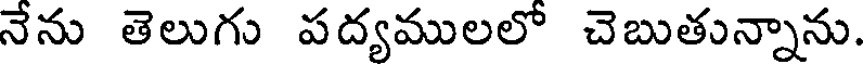
నేను తెలుగు పద్యములలో చెబుతున్నాను.